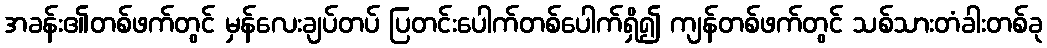
အခန်း၏တစ်ဖက်တွင် မှန်လေးချပ်တပ် ပြတင်းပေါက်တစ်ပေါက်ရှိ၍ ကျန်တစ်ဖက်တွင် သစ်သားတံခါးတစ်ခု